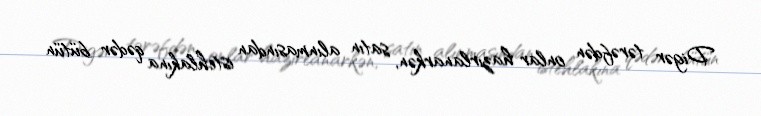
Digər tərəfdən onlar hazırlanarkən, satın alınmasından istehlakına qədər bütün